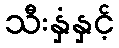
သီးနှံနှင့်